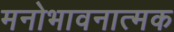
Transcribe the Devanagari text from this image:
मनोभावनात्मक